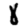
Digit: 8